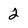
Character: 2